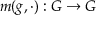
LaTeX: m ( g , \cdot ) : G \to G